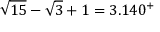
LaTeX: { \sqrt { 1 5 } } - { \sqrt { 3 } } + 1 = 3 . 1 4 0 ^ { + }